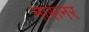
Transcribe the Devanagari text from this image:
मारूनर